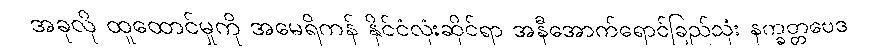
အခုလို ထူထောင်မှုကို အမေရိကန် နိုင်ငံလုံးဆိုင်ရာ အနီအောက်ရောင်ခြည်သုံး နက္ခတ္တဗေဒ